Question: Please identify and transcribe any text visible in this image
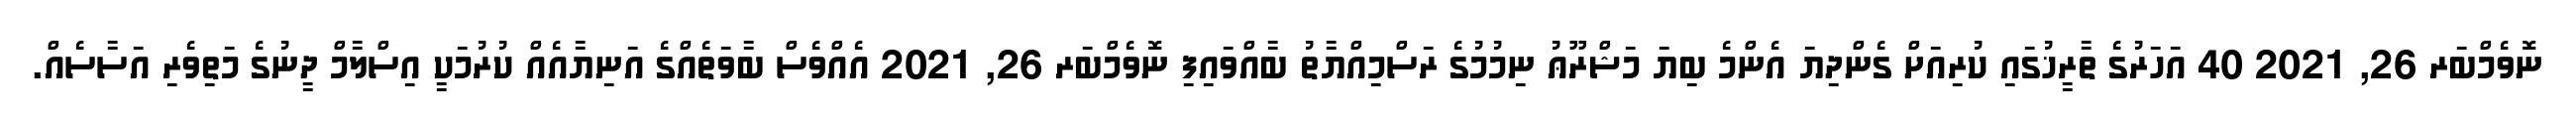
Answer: ނޮވެމްބަރ 26, 2021 40 އަހަރުގެ ތާރީޚުގައި ކުރިއަށް ގެންދިޔަ އެންމެ ބިޔަ މަޝްރޫޢު ނިމުމުގެ ރަސްމިއްޔާތު ބާއްވައިފި ނޮވެމްބަރ 26, 2021 އެއްވެސް ބާވަތެއްގެ އަނިޔާއެއް ކުރުމަކީ އިސްލާމް ދީނުގެ މަތިވެރި އަސާސެއް.